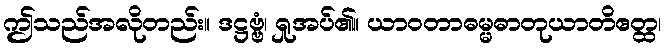
ဤသည်အလိုတည်း။ ဒဋ္ဌဗ္ဗံ၊ ရှုအပ်၏။ ယာဝတာဓမ္မဓာတုယာတိဧတ္ထ၊